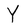
Character: Y